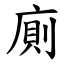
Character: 廁